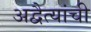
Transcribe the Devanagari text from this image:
अद्वैत्यांची